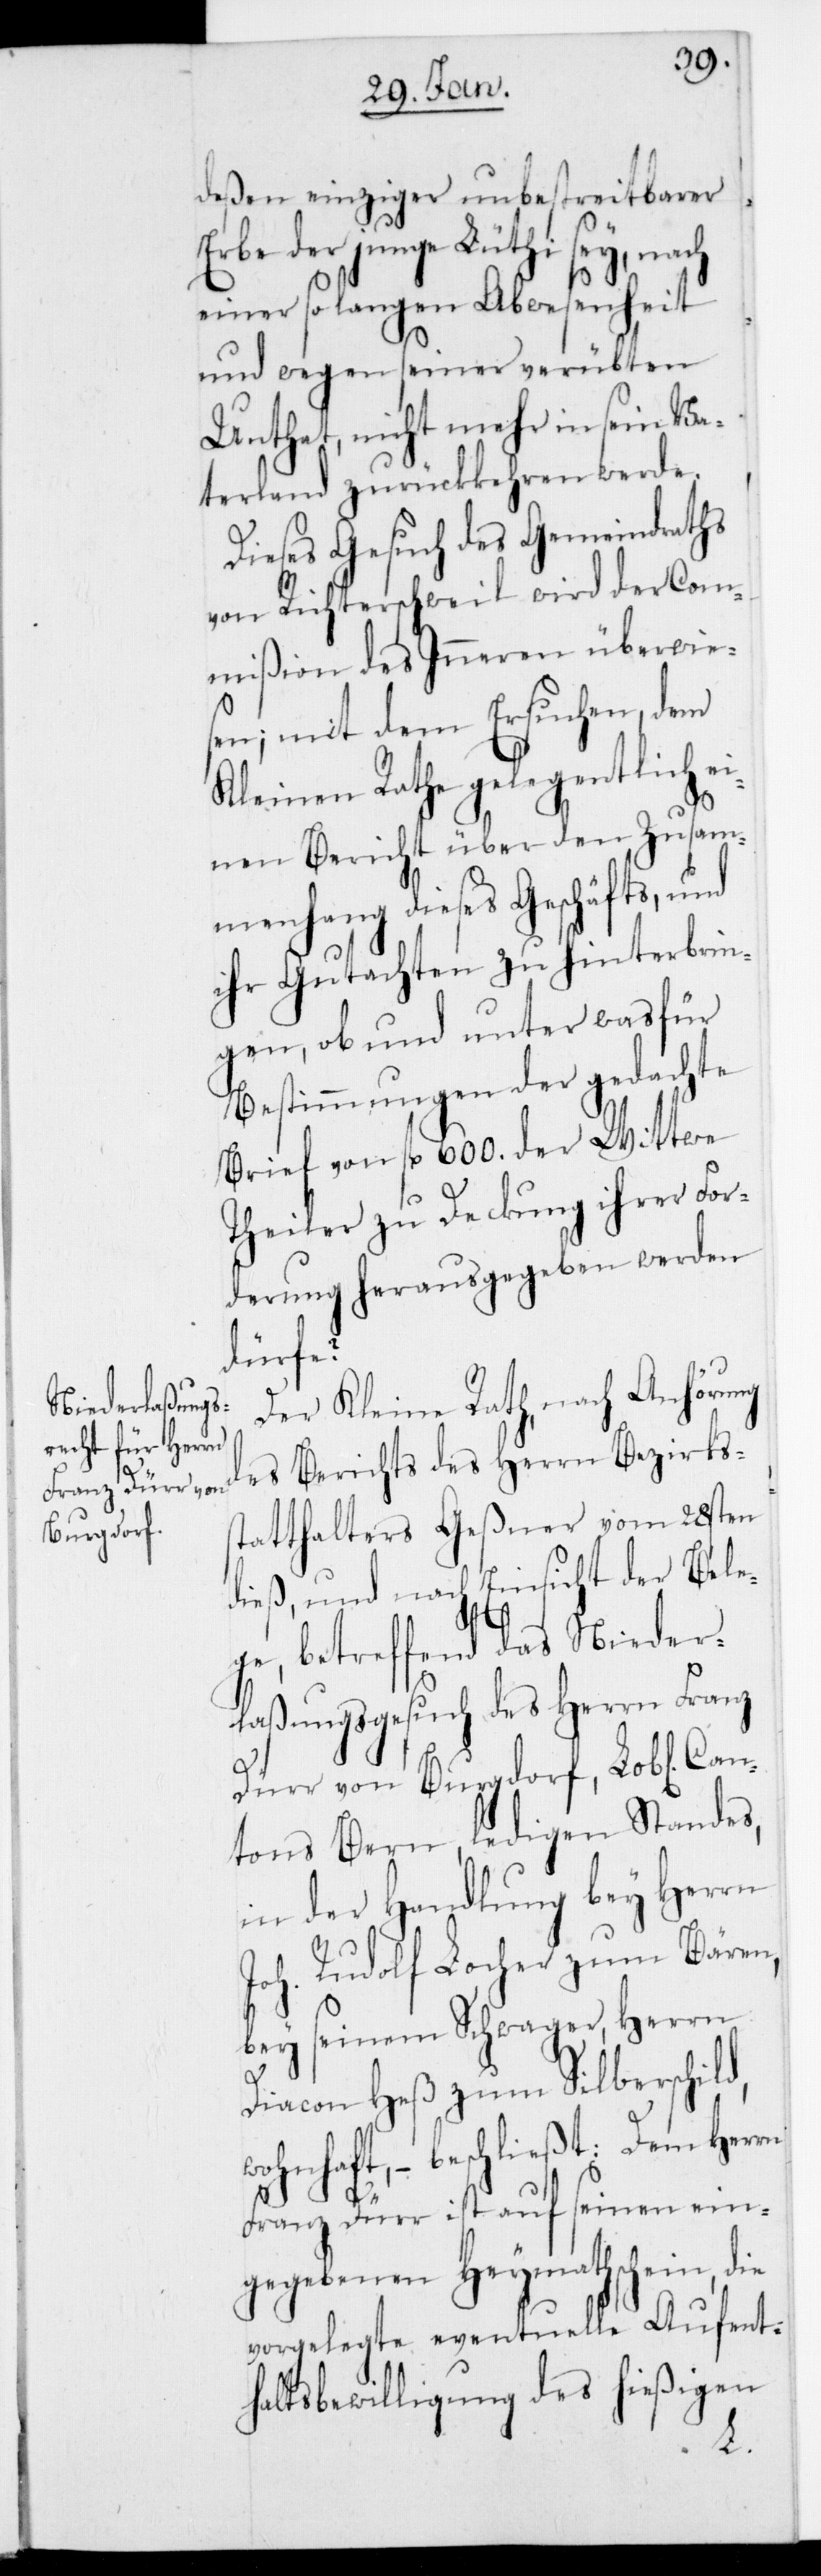
deßen einziger unbestreitbarer
Erbe der junge Lüthi sey, nach
einer so langen Abwesenheit
und wegen seiner verübten
Untat, nicht mehr in sein Va¬
terland zurückkehren werde.
Dieses Gesuch des Gemeindraths
von Richterschweil wird der Com¬
mißion des Inneren überwies¬
en; mit dem Ersuchen, dem
Kleinen Rathe gelegentlich e¬
inen Bericht über den Zusam¬
menhang dieses Geschäfts, und
ihr Gutachten zu hinterbrin¬
gen, ob und unter was für
Bestimmungen der gedachte
Brief von fl. 600. der Wittwe
Theiler zu Deckung ihrer For¬
derung herausgegeben werden
dürfe?
Der Kleine Rath, nach Anhörung
des Berichts des Herrn Bezirkss¬
tatthalters Geßner vom 28sten
dieß, und nach Einsicht der Bele¬
ge, betreffend das Nieder¬
lasungsgesuch des Herrn Franz
Dürr von Burgdorf, L. Can¬
tons Bern, ledigen Standes,
in der Handlung bey Herrn
Joh. Rudolf Locher zum Bären,
bey seinem Schwager Herrn
Diacon Heß zum Silberschild
wohnhaft, – beschließt:
Franz Dürr ist auf seinen ein¬
gegebenen Heymathschein, die
vorgelegte eventuelle Aufenth¬
altsbewilligung des hießigen